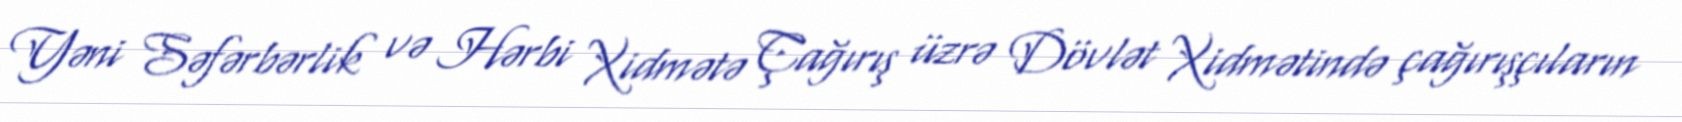
Yəni Səfərbərlik və Hərbi Xidmətə Çağırış üzrə Dövlət Xidmətində çağırışçıların